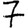
Digit: 7